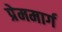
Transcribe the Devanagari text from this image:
प्रेममार्ग